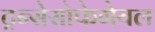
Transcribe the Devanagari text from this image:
ट्रन्सेसोफेगेयल